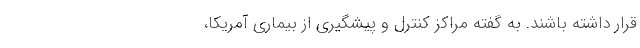
قرار داشته باشند. به گفته مراکز کنترل و پیشگیری از بیماری آمریکا،